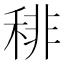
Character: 𥟍